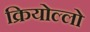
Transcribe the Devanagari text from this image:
क्रियोल्लो